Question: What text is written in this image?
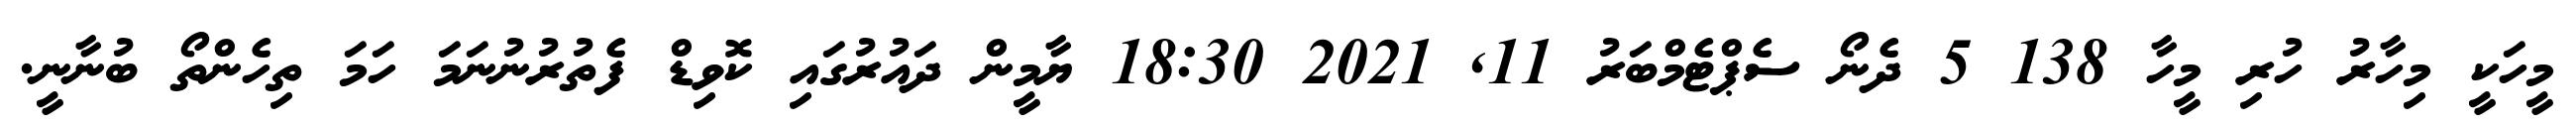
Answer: މީހަކީ މިހާރު ހުރި މީހާ 138 5 ދެނޯ ސެޕްޓެމްބަރު 11, 2021 18:30 ޔާމީން ދައުރުގައި ކޮވިޑް ފެތުރުނުނަމަ ހަމަ ތިހެންތޯ ބުނާނީ.